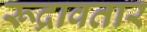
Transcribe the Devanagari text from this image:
रूद्रावतार